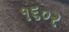
૧૬૦૨